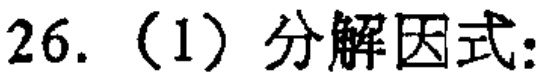
26.（1）分解因式：